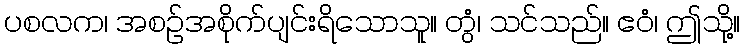
ပစလက၊ အစဉ်အစိုက်ပျင်းရိသောသူ။ တွံ၊ သင်သည်။ ဧဝံ၊ ဤသို့။